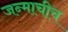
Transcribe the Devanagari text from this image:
जन्माचीच